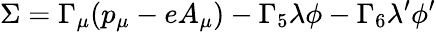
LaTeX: \Sigma=\Gamma_{\mu}(p_{\mu}-eA_{\mu})-\Gamma_{5}\lambda\phi-\Gamma_{6}\lambda^{\prime}\phi^{\prime}